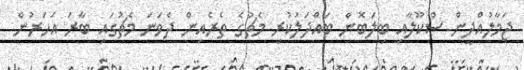
ޖަމާލުއްދީން ސްކޫލާއި ބިލަބޮން ބައްދަލުކުރި މެޗުގެ ތެރެއިން ދެވަނަ މެޗުގައި ބާރަ އަހަރުން